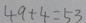
4 9 + 4 = 5 3